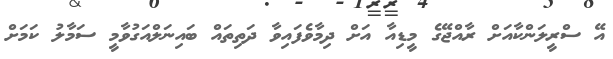
އޭ ސްރީލަންކާއަށް ރާއްޖޭގެ މީޑިއާ އަށް ދިމާވެފައިވާ ދަތިތައް ބައިނަލްއަގުވާމީ ސަމާލު ކަމަށް